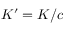
K ^ { \prime } = K / c